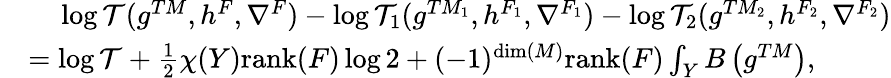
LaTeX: \begin{array}{rl}&{\ \ \ \ \log\mathcal{T}(g^{TM},h^{F},\nabla^{F})-\log\mathcal{T}_{1}(g^{TM_{1}},h^{F_{1}},\nabla^{F_{1}})-\log\mathcal{T}_{2}(g^{TM_{2}},h^{F_{2}},\nabla^{F_{2}})}\\ &{=\log\mathcal{T}+\frac{1}{2}\chi(Y)\mathrm{rank}(F)\log 2+(-1)^{\dim(M)}\mathrm{rank}(F)\int_{Y}B\left(g^{TM}\right),}\end{array}